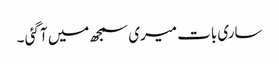
ساری بات میری سمجھ میں آ گئی ۔